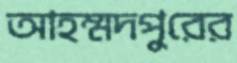
আহম্মদপুরের